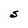
Character: S